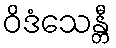
ဝိဒံသေန္တီ